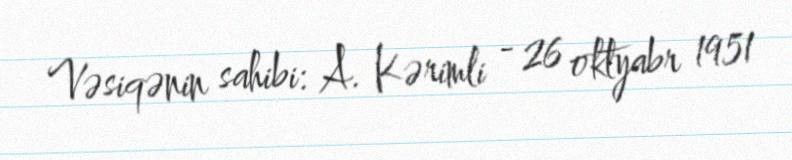
Vəsiqənin sahibi: A. Kərimli - 26 oktyabr 1951